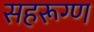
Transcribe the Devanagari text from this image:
सहरूग्ण